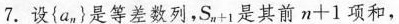
7.设{a_{n}}是等差数列，S_{n+1}是其前 $$n +1 $$ 项和，